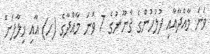
ވަނަ މާއްދާއާއި ފުލުހުންގެ ޤާނޫނުގެ 7 ވަނަ މާއްދާގެ (ހ) އާއި ޚިލާފަށް